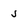
Character: 5